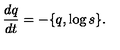
\frac { d q } { d t } = - \{ q , \log { s } \} .